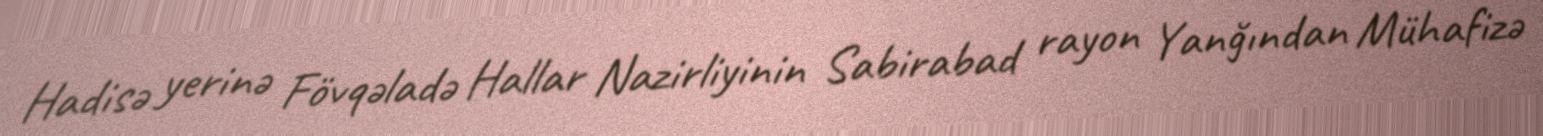
Hadisə yerinə Fövqəladə Hallar Nazirliyinin Sabirabad rayon Yanğından Mühafizə